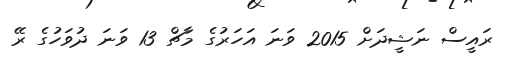
ރައީސް ނަޝީދަށް 2015 ވަނަ އަހަރުގެ މާޗް 13 ވަނަ ދުވަހުގެ ރޭ